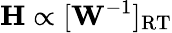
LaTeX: \mathbf{H}\propto[\mathbf{W}^{-1}]_{\mathrm{RT}}